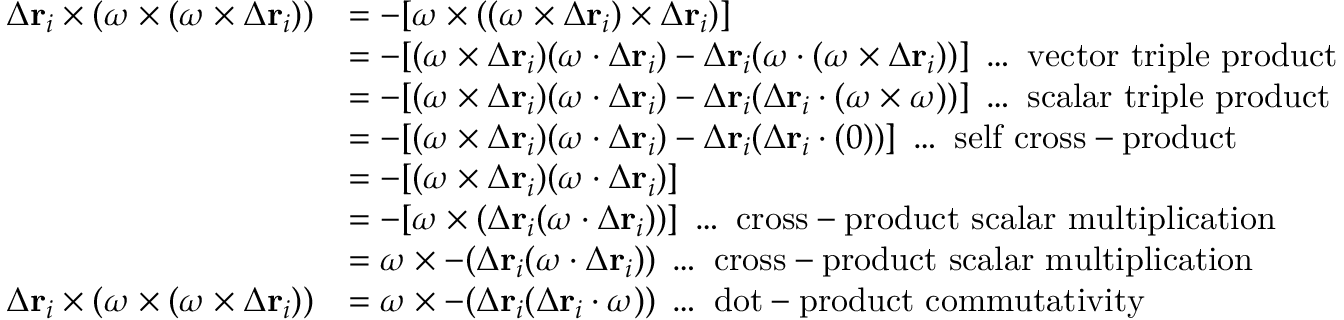
{ \begin{array} { r l } { \Delta \mathbf { r } _ { i } \times ( { \boldsymbol { \omega } } \times ( { \boldsymbol { \omega } } \times \Delta \mathbf { r } _ { i } ) ) } & { = - [ { \boldsymbol { \omega } } \times ( ( { \boldsymbol { \omega } } \times \Delta \mathbf { r } _ { i } ) \times \Delta \mathbf { r } _ { i } ) ] } \\ & { = - [ ( { \boldsymbol { \omega } } \times \Delta \mathbf { r } _ { i } ) ( { \boldsymbol { \omega } } \cdot \Delta \mathbf { r } _ { i } ) - \Delta \mathbf { r } _ { i } ( { \boldsymbol { \omega } } \cdot ( { \boldsymbol { \omega } } \times \Delta \mathbf { r } _ { i } ) ) ] \; \ldots { \mathrm { ~ v e c t o r ~ t r i p l e ~ p r o d u c t } } } \\ & { = - [ ( { \boldsymbol { \omega } } \times \Delta \mathbf { r } _ { i } ) ( { \boldsymbol { \omega } } \cdot \Delta \mathbf { r } _ { i } ) - \Delta \mathbf { r } _ { i } ( \Delta \mathbf { r } _ { i } \cdot ( { \boldsymbol { \omega } } \times { \boldsymbol { \omega } } ) ) ] \; \ldots { \mathrm { ~ s c a l a r ~ t r i p l e ~ p r o d u c t } } } \\ & { = - [ ( { \boldsymbol { \omega } } \times \Delta \mathbf { r } _ { i } ) ( { \boldsymbol { \omega } } \cdot \Delta \mathbf { r } _ { i } ) - \Delta \mathbf { r } _ { i } ( \Delta \mathbf { r } _ { i } \cdot ( 0 ) ) ] \; \ldots { \mathrm { ~ s e l f ~ c r o s s - p r o d u c t } } } \\ & { = - [ ( { \boldsymbol { \omega } } \times \Delta \mathbf { r } _ { i } ) ( { \boldsymbol { \omega } } \cdot \Delta \mathbf { r } _ { i } ) ] } \\ & { = - [ { \boldsymbol { \omega } } \times ( \Delta \mathbf { r } _ { i } ( { \boldsymbol { \omega } } \cdot \Delta \mathbf { r } _ { i } ) ) ] \; \ldots { \mathrm { ~ c r o s s - p r o d u c t ~ s c a l a r ~ m u l t i p l i c a t i o n } } } \\ & { = { \boldsymbol { \omega } } \times - ( \Delta \mathbf { r } _ { i } ( { \boldsymbol { \omega } } \cdot \Delta \mathbf { r } _ { i } ) ) \; \ldots { \mathrm { ~ c r o s s - p r o d u c t ~ s c a l a r ~ m u l t i p l i c a t i o n } } } \\ { \Delta \mathbf { r } _ { i } \times ( { \boldsymbol { \omega } } \times ( { \boldsymbol { \omega } } \times \Delta \mathbf { r } _ { i } ) ) } & { = { \boldsymbol { \omega } } \times - ( \Delta \mathbf { r } _ { i } ( \Delta \mathbf { r } _ { i } \cdot { \boldsymbol { \omega } } ) ) \; \ldots { \mathrm { ~ d o t - p r o d u c t ~ c o m m u t a t i v i t y } } } \end{array} }